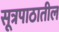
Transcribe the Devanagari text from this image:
सूत्रपाठातील